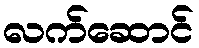
လက်ဆောင်